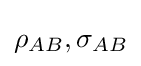
\rho _{AB},\sigma _{AB}